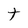
Character: t